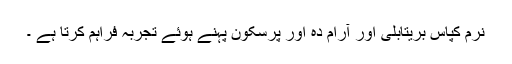
نرم کپاس بریتابلی اور آرام دہ اور پرسکون پہنے ہوئے تجربہ فراہم کرتا ہے ۔